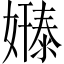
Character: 𫱸